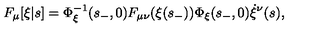
F _ { \mu } [ \xi | s ] = \Phi _ { \xi } ^ { - 1 } ( s _ { - } , 0 ) F _ { \mu \nu } ( \xi ( s _ { - } ) ) \Phi _ { \xi } ( s _ { - } , 0 ) \dot { \xi } ^ { \nu } ( s ) ,